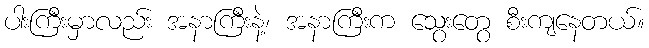
ပါးကြီးမှာလည်း အနာကြီးနဲ့၊ အနာကြီးက သွေးတွေ စီးကျနေတယ်။